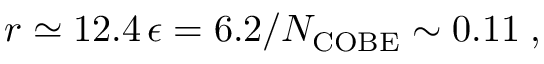
r \simeq 1 2 . 4 \, \epsilon = 6 . 2 / N _ { \mathrm { C O B E } } \sim 0 . 1 1 \; ,